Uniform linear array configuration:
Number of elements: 48
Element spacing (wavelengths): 0.25
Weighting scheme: cosine
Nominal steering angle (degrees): -15
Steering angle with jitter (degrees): -15.37
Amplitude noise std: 0.05
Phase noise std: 0.05

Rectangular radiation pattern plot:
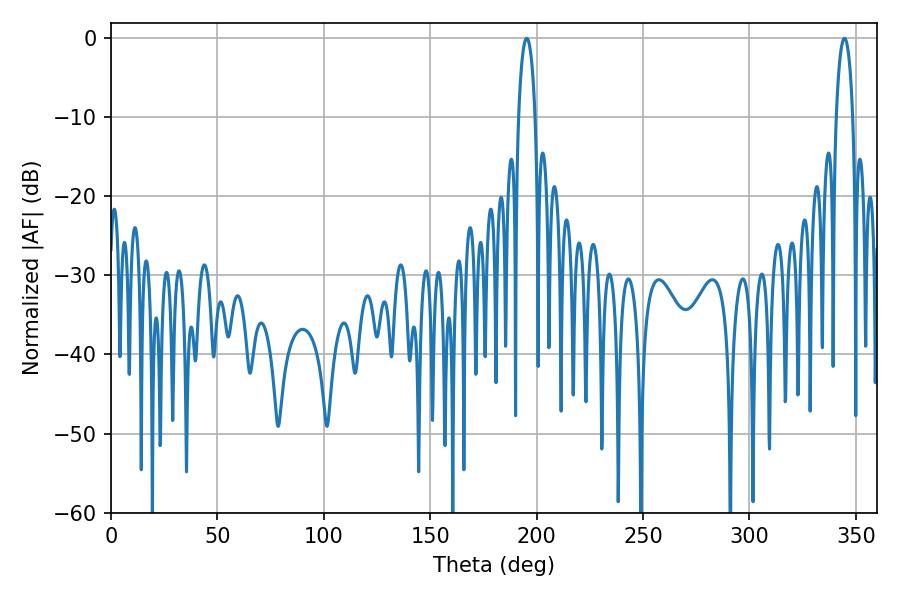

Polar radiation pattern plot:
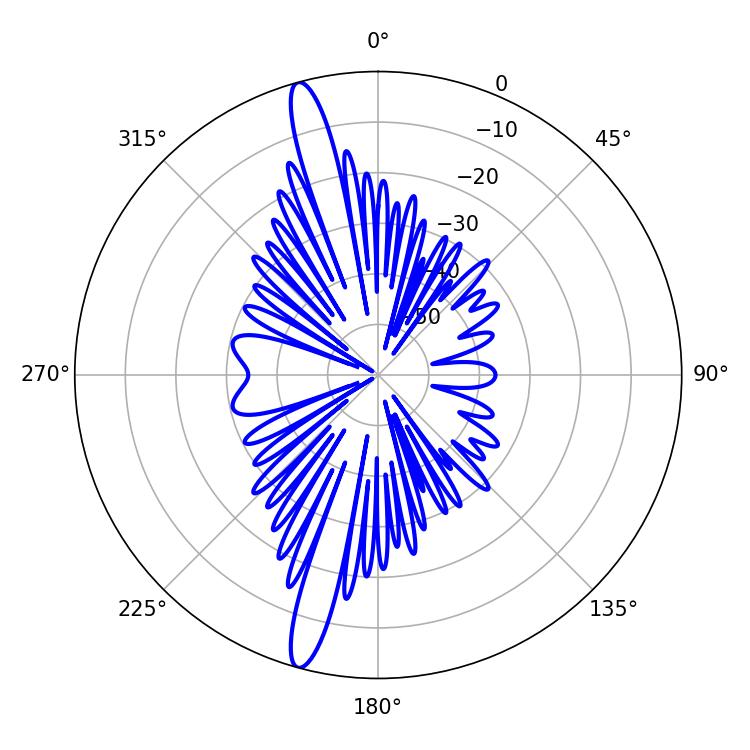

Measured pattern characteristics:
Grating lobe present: FALSE
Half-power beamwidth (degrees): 4.5
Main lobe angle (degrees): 195.3